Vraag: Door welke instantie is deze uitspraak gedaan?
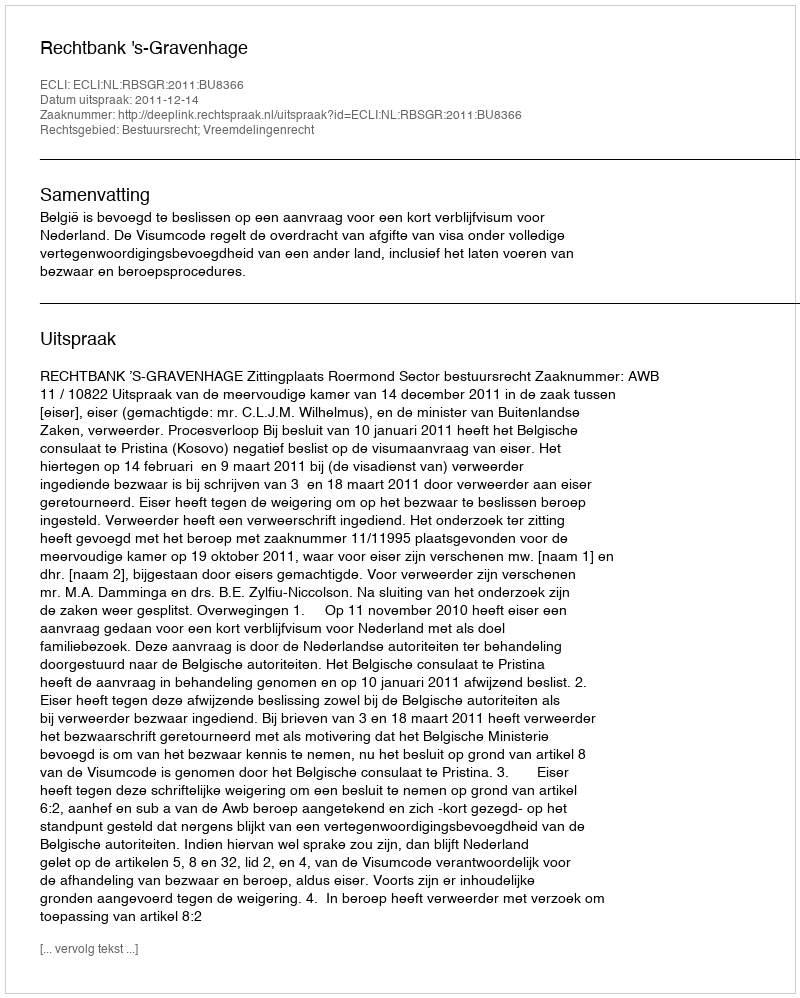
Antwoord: Rechtbank 's-Gravenhage